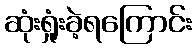
ဆုံးရှုံးခဲ့ရကြောင်း